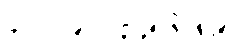
၄၀။ ၀၉-၁၂၃၄၅၆၇၈၉